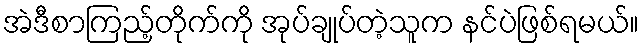
အဲဒီစာကြည့်တိုက်ကို အုပ်ချုပ်တဲ့သူက နင်ပဲဖြစ်ရမယ်။